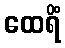
ထေရိံ